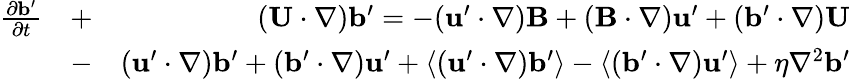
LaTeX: \begin{array}{rlr}{\frac{\partial{\mathbf{b}}^{\prime}}{\partial t}}&{+}&{({\mathbf{U}}\cdot\nabla){\mathbf{b}}^{\prime}=-({\mathbf{u}}^{\prime}\cdot\nabla){\mathbf{B}}+({\mathbf{B}}\cdot\nabla){\mathbf{u}}^{\prime}+({\mathbf{b}}^{\prime}\cdot\nabla){\mathbf{U}}}\\ &{-}&{({\mathbf{u}}^{\prime}\cdot\nabla){\mathbf{b}}^{\prime}+({\mathbf{b}}^{\prime}\cdot\nabla){\mathbf{u}}^{\prime}+\langle{({\mathbf{u}}^{\prime}\cdot\nabla){\mathbf{b}}^{\prime}}\rangle-\langle{({\mathbf{b}}^{\prime}\cdot\nabla){\mathbf{u}}^{\prime}}\rangle+\eta\nabla^{2}{\mathbf{b}}^{\prime}}\end{array}